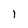
Character: l